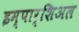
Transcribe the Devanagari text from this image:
इम्पार्शिअल